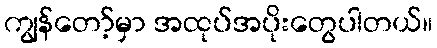
ကျွန်တော့်မှာ အထုပ်အပိုးတွေပါတယ်။